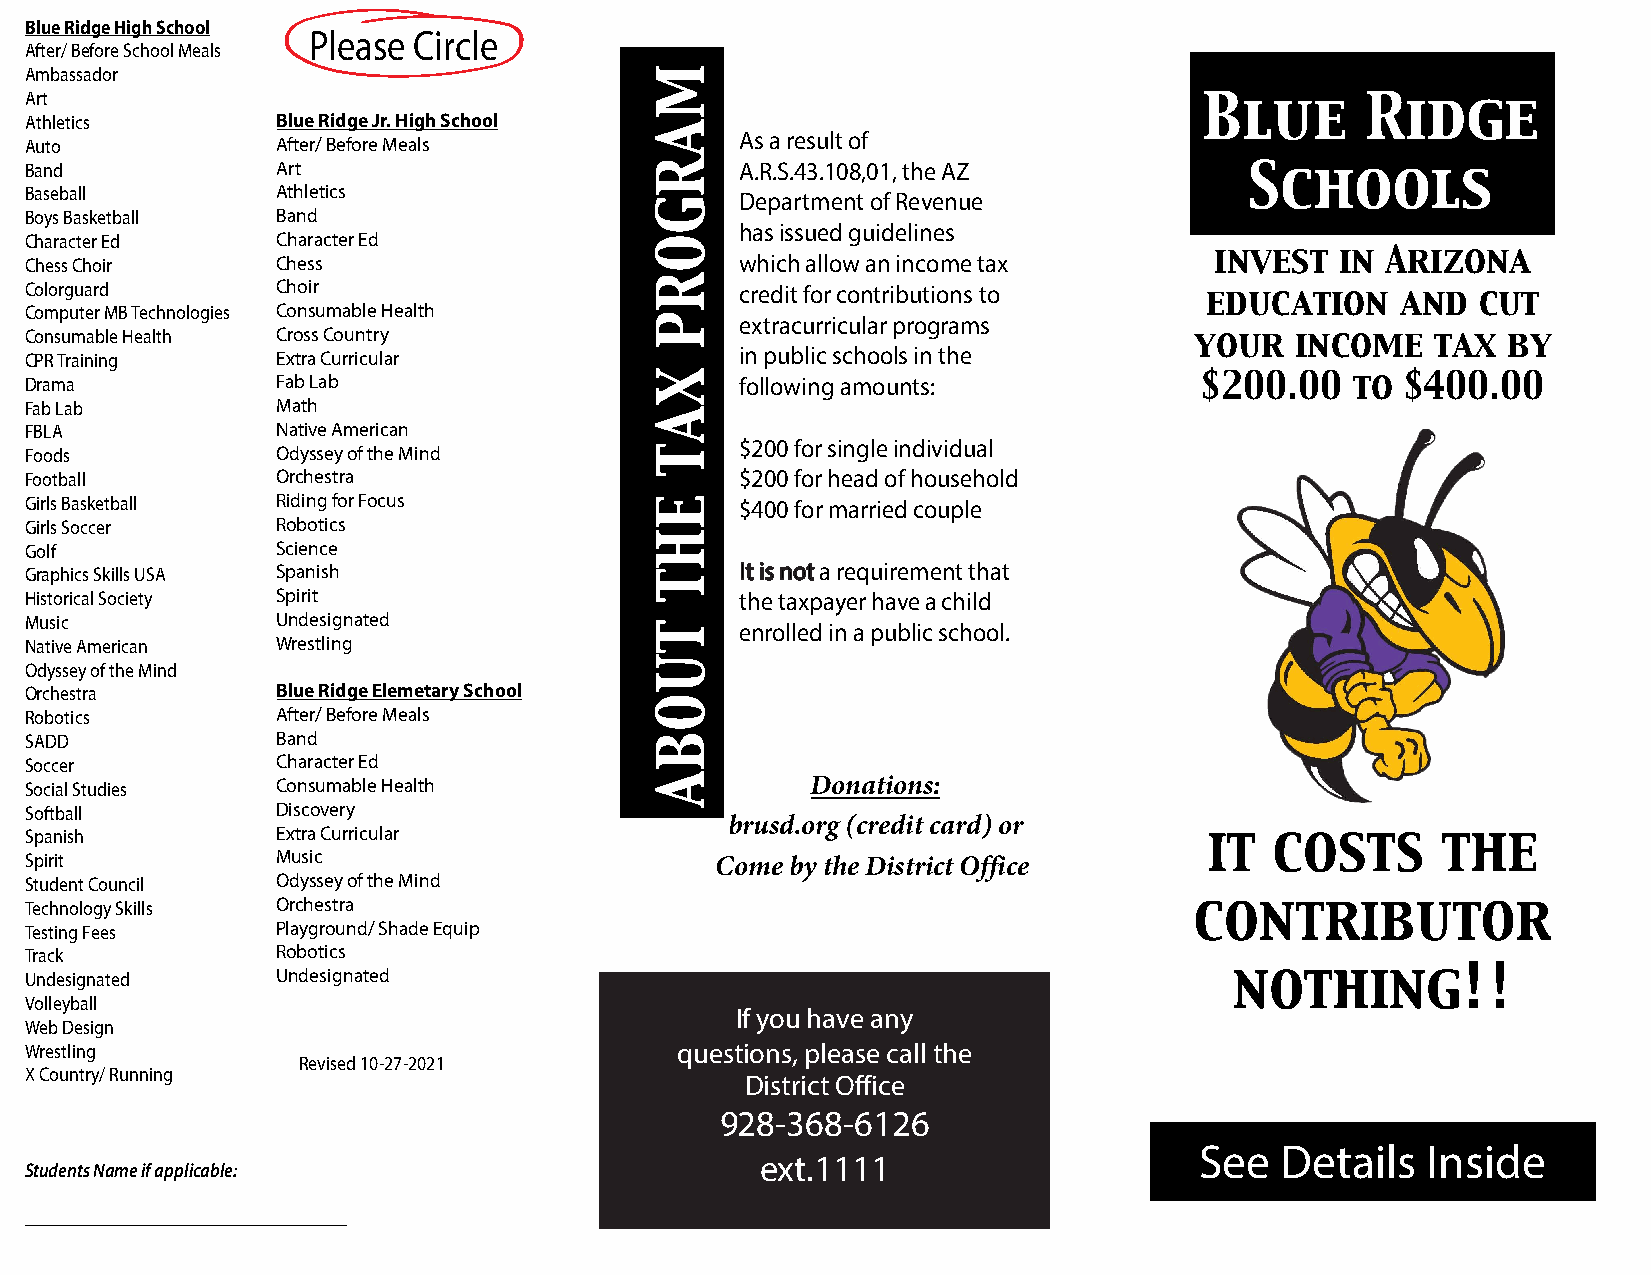
Blue Ridge High School
 Please Circle
 After/ Before School Meals
 Ambassador
 Art
 Blue      Ridge
 Athletics       Blue Ridge Jr. High School
 As a result of
 Auto            After/ Before Meals
 Band            Art                            A.R.S.43.108,01, the AZ
 Schools
 Baseball        Athletics                      Department of Revenue
 Boys Basketball Band
 has issued guidelines
 Character Ed    Character Ed
 Chess Choir     Chess                          which allow an income tax      invest   in Arizona
 Colorguard      Choir                          credit for contributions to
 education    and  cut
 Computer MB Technologies Consumable Health
 extracurricular programs
 Consumable Health Cross Country
 your   income   tax  by
 CPR Training    Extra Curricular               in public schools in the
 Drama           Fab Lab                        following amounts:            $200.00    to $400.00
 Fab Lab         Math
 FBLA            Native American
 $200 for single individual
 Foods           Odyssey of the Mind
 Football        Orchestra                      $200 for head of household
 Girls Basketball Riding for Focus              $400 for married couple
 Girls Soccer    Robotics
 Golf            Science
 Graphics Skills USA Spanish                    It is not a requirement that
 Historical Society Spirit                      the taxpayer have a child
 Music           Undesignated
 enrolled in a public school.
 Native American Wrestling
 Odyssey of the Mind
 Orchestra       Blue Ridge Elemetary School
 Robotics        After/ Before Meals
 SADD            Band
 Soccer          Character Ed
 Social Studies  Consumable Health                   Donations:
 Softball        Discovery
 brusd.org (credit card) or
 Spanish         Extra Curricular
 it  costs      the
 Spirit          Music                        Come by the District Office
 Student Council Odyssey of the Mind
 Technology Skills Orchestra                                                  contributor
 Testing Fees    Playground/ Shade Equip
 Track           Robotics
 Undesignated    Undesignated                                                    nothing!!
 Volleyball
 If you have any
 Web Design
 Wrestling                                  questions, please call the
 Revised 10-27-2021
 X Country/ Running
 District Office
 928-368-6126
 See   Details  Inside
 ext.1111
 Students Name if applicable:
 ____________________________________
 MARGORP
 XAT
 EHT
 TUOBA